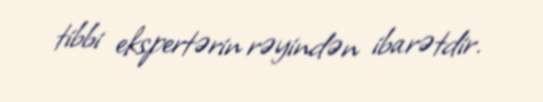
tibbi ekspertərin rəyindən ibarətdir.